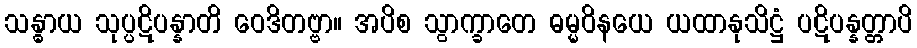
သန္ဓာယ သုပ္ပဋိပန္နာတိ ဝေဒိတဗ္ဗာ။ အပိစ သွာက္ခာတေ ဓမ္မဝိနယေ ယထာနုသိဋ္ဌံ ပဋိပန္နတ္တာပိ